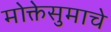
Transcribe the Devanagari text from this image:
मोक्तेसुमाचे